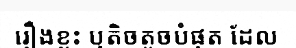
រឿងខ្លះ ឬតិចតួចបំផុត ដែល